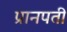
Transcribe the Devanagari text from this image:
प्रानपती